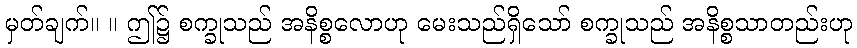
မှတ်ချက်။ ။ ဤ၌ စက္ခုသည် အနိစ္စလောဟု မေးသည်ရှိသော် စက္ခုသည် အနိစ္စသာတည်းဟု